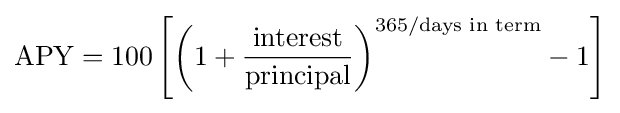
{\text{APY}}=100\left[\left(1+{\frac {\text{interest}}{\text{principal}}}\right)^{365/{\text{days in term}}}-1\right]